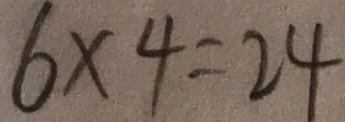
6 \times 4 = 2 4